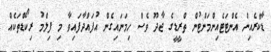
ޑާކްރެއިން އެންޓަޓެއިންމަންޓުން ތްރީޑީގެ ޖާދޫ ވެސް ހިމަނައިގެން އުފައްދާފައިވާ މި ފިލްމު ރިކޯޑްތަކެއް